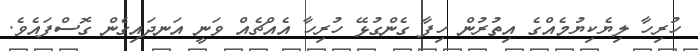
ހުރިހާ ލިޔެކިޔުމެއްގެ އިތުރުން ހިފާ ގެންގުޅޭ ހުރިހާ އެއްޗެއް ވަނީ އަނދައިގެން ގޮސްފައެވެ.